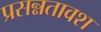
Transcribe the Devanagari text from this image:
प्रसन्नतावश